Scottish Certificate of Education, 1962
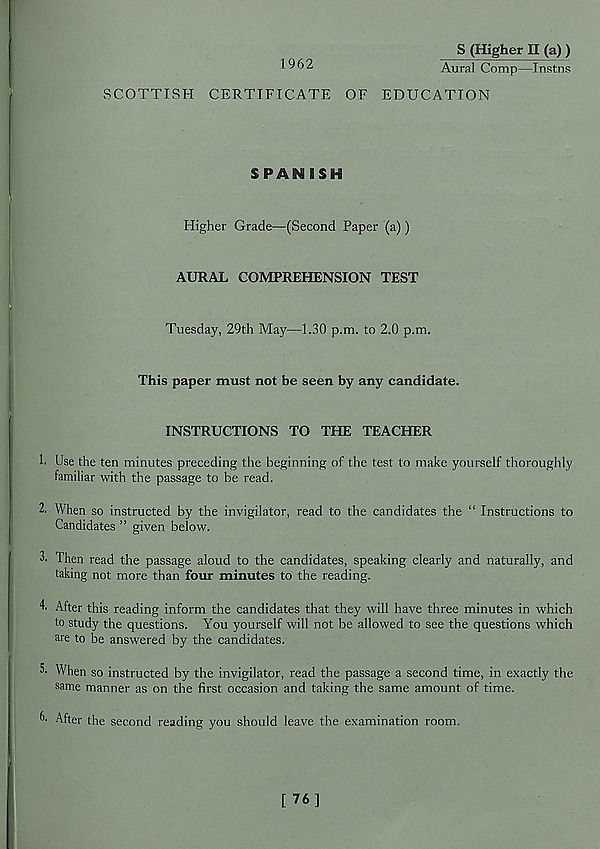
1962
S (Higher II (a))
Aural Comp—Instns
SCOTTISH CERTIFICATE OF EDUCATION
SPANISH
Higher Grade—(Second Paper (a))
AURAL COMPREHENSION TEST
Tuesday, 29th May—1.30 p.m. to 2.0 p.m.
This paper must not be seen by any candidate.
INSTRUCTIONS TO THE TEACHER
h Use the ten minutes preceding the beginning of the test to make yourself thoroughly
familiar with the passage to be read.
2. When so instructed by the invigilator, read to the candidates the “ Instructions to
Candidates ” given below.
Then read the passage aloud to the candidates, speaking clearly and naturally, and
taking not more than four minutes to the reading.
After this reading inform the candidates that they will have three minutes in which
to study the questions. You yourself will not be allowed to see the questions which
are to be answered by the candidates.
5' When so instructed by the invigilator, read the passage a second time, in exactly the
same manner as on the first occasion and taking the same amount of time.
“• After the second reading you should leave the examination room.
[ 76]